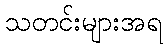
သတင်းများအရ